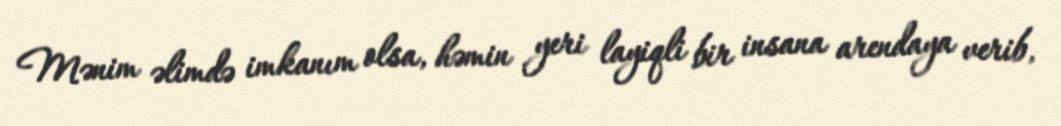
Mənim əlimdə imkanım olsa, həmin yeri layiqli bir insana arendaya verib,